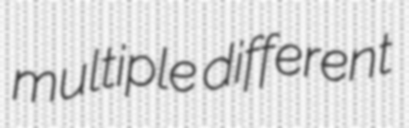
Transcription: multiple different